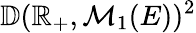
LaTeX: \mathbb{D}(\mathbb{R}_{+},\mathcal{M}_{1}(E))^{2}